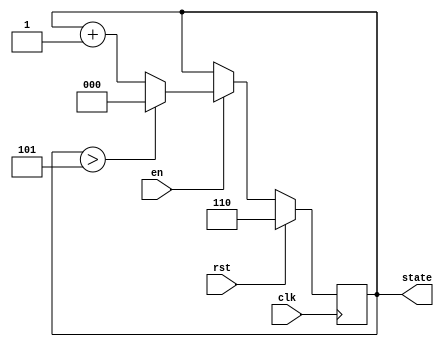
`timescale 1ns / 1ps

module stateMachine(clk, rst, en, state);

input clk, rst, en;
output reg [2:0] state;

reg [2:0] stateNext;

always @(posedge clk) begin
	state <= #1 stateNext;
end

always @(*) begin
	stateNext = state;
	if(rst) stateNext = 6;
	else if(en) begin
		stateNext = state+1;
		if(state>5) stateNext = 0;
	end
end

endmodule